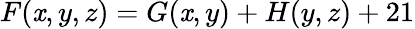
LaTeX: F(\mathit{x},y,z)=G(\mathit{x},y)+H(y,z)+21